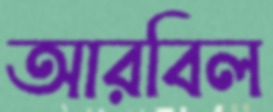
আরবিল